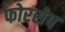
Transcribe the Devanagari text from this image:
फोरसेप